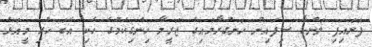
ފަށައިފި ލަންކާ ސިފައިން ހަނގުރާމައިގެ ޖަރީމާ ހިންގިކަމުގެ ހެކި އެބަ ހުރި މީއަޅެ